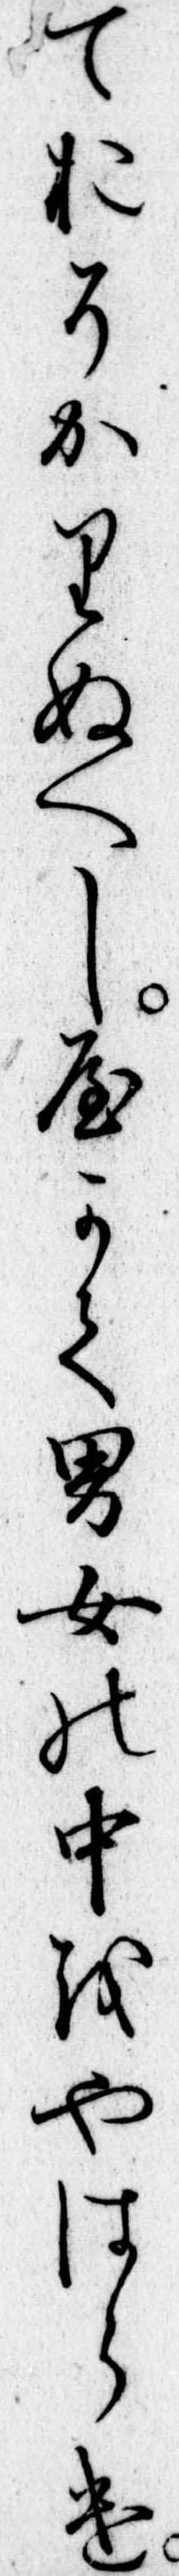
ておそかりぬへしやかて男女の中をやはらけ